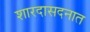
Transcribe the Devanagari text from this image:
शारदासदनात